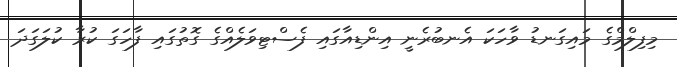
މިފިލްމްގެ މައިގަނޑު ވާހަކަ އެނބުރެނީ އިންޑިއާގައި ފެސްޓިވަލެއްގެ ގޮތުގައި ފާހަގަ ކުރާ ކުލަގަދަ